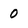
Character: 0